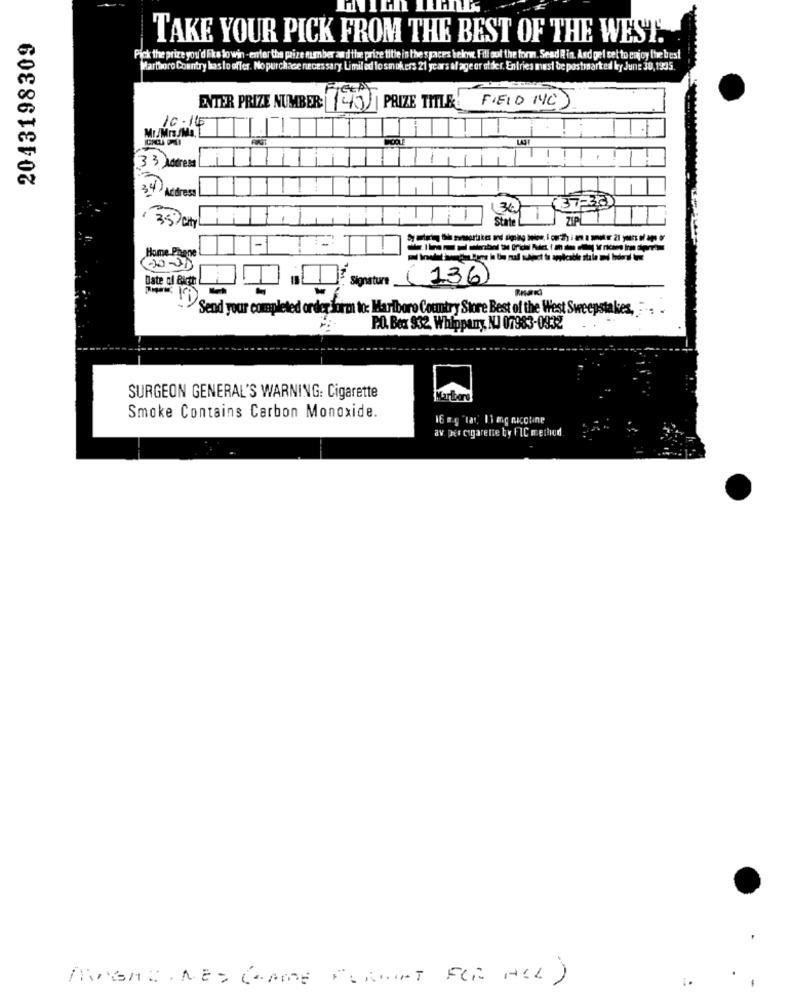
2043198309
TAKE YOUR PICK FROM THE BEST OF THE WEST.
Pick the prize you'd like to win - enter the paire number and the prize title in the spaces below. Fill out the form. Sead Rin. And gel set to enjoy the best
Martboro Country has to offer. No purchase necessary. Limil ed lo smokers 21 years al age or ofder. Entries must be postmarked ky June 30, 1935.
ENTER PRIZE NUMBER: (40 PRIZE TITLE( FIELD NC)
10.14
33 Address
34 Address
(37-36)
Stat
( 35) CityL
Home Phone
Date of Birth
Signature (136)
Send your completed order form to: Marlboro Country Store Best of the West Sweepstakes,
PO. Box 932, Whippany, NJ 07983-0932
SURGEON GENERAL'S WARNING: Cigarette
Marlboro
Smoke Contains Carbon Monoxide.
16 m.g "tar,' Ii og nicotine
av. Des cigarette by FIC method.
MANGA: . MED (GAME FURMINT FOR ALL )
1.